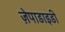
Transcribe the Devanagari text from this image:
ज़ेपाडाइडी